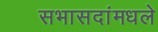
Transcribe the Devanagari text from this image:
सभासदांमधले